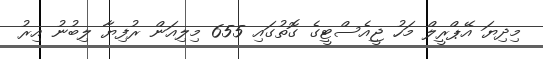
މިދިޔަ އޭޕްރީލް މަހު ޖީއެސްޓީގެ ގޮތުގައި 655 މިލިއަން ރުފިޔާ ލިބުނު އިރު